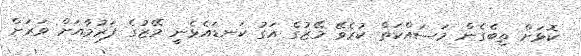
ކޮޅަށް ތިބެގެން މަސައްކަތް ކުރެވޭ މޭޒުގެ އަގު ކަނޑައެޅެނީ މޭޒުގެ ފަރުމާއަށް ވަރަށް